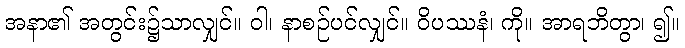
အနာ၏ အတွင်း၌သာလျှင်။ ဝါ၊ နာစဉ်ပင်လျှင်။ ဝိပဿနံ၊ ကို။ အာရဘိတွာ၊ ၍။